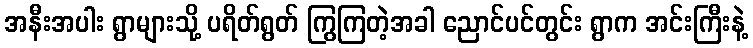
အနီးအပါး ရွာများသို့ ပရိတ်ရွတ် ကြွကြတဲ့အခါ ညောင်ပင်တွင်း ရွာက အင်းကြီးနဲ့